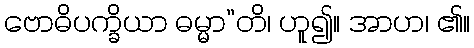
ဗောဓိပက္ခိယာ ဓမ္မာ”တိ၊ ဟူ၍။ အာဟ၊ ၏။